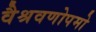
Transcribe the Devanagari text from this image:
वैश्रवणोपमो